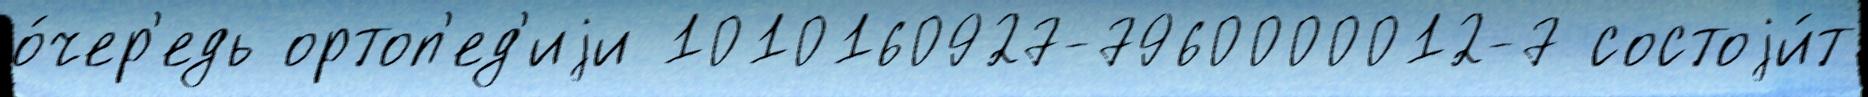
о́чер'едь ортоп'ед'иjи 1010160927-7960000012-7 состоjи́т